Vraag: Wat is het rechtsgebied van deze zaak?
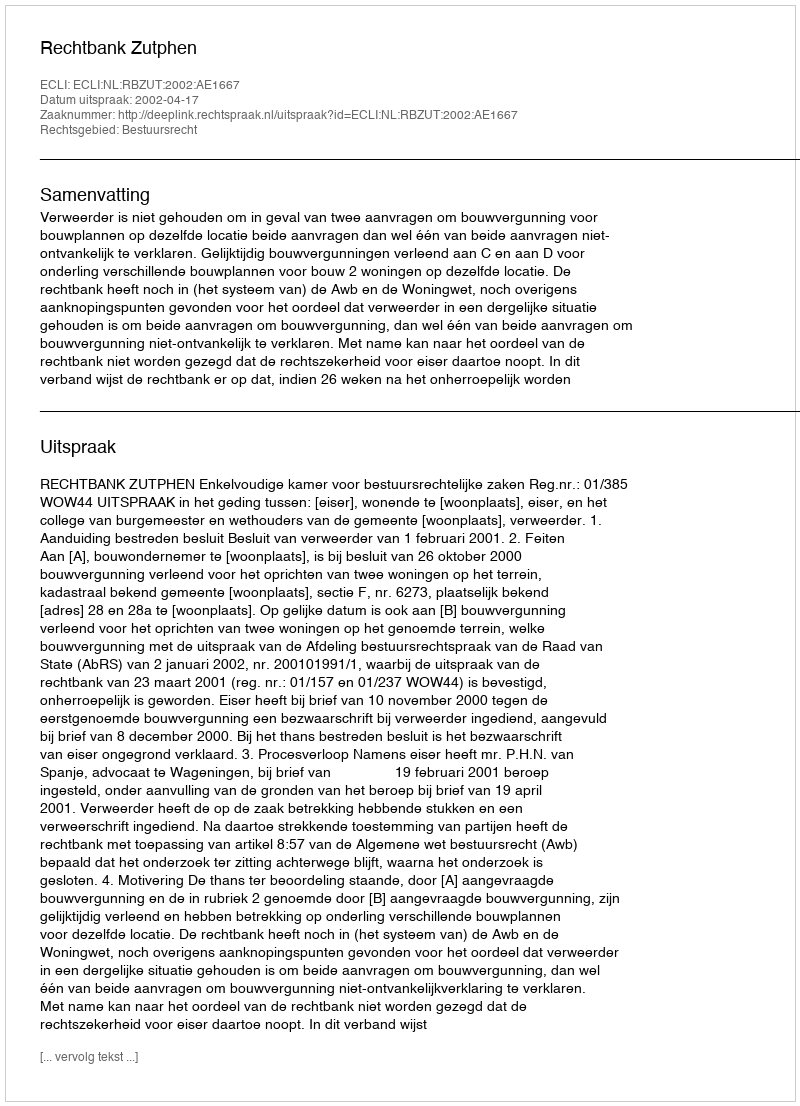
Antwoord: Bestuursrecht